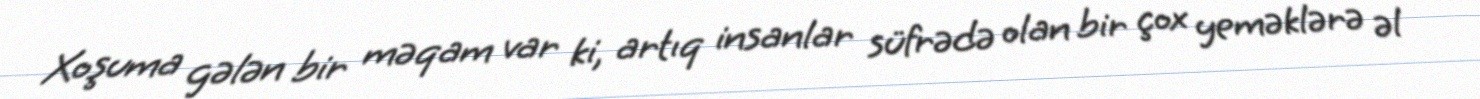
Xoşuma gələn bir məqam var ki, artıq insanlar süfrədə olan bir çox yeməklərə əl